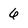
Character: 6